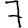
Digit: 7